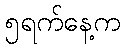
၅ရက်နေ့က